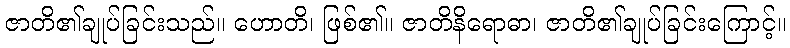
ဇာတိ၏ချုပ်ခြင်းသည်။ ဟောတိ၊ ဖြစ်၏။ ဇာတိနိရောဓာ၊ ဇာတိ၏ချုပ်ခြင်းကြောင့်။